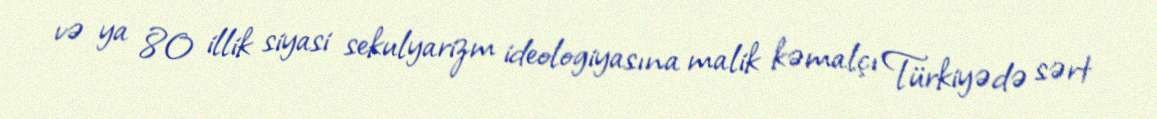
və ya 80 illik siyasi sekulyarizm ideologiyasına malik kəmalçı Türkiyədə sərt